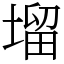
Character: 塯